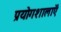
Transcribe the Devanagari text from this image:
प्रयोगशालाऍं